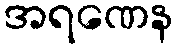
အရဏေန